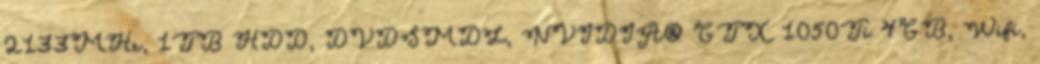
2133MHz, 1TB HDD, DVDSMDL, NVIDIA® GTX 1050Ti 4GB, Wifi,